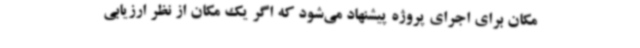
مکان برای اجرای پروژه پیشنهاد می‌شود که اگر یک مکان از نظر ارزیابی